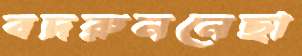
বদরুননেছা